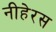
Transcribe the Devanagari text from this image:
नीहेरस